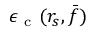
\epsilon _ { \mathrm { ~ c ~ } } ( r _ { s } , \bar { f } )